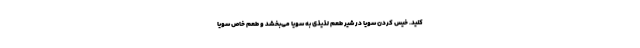
کنید. خیس کردن سویا در شیر طعم لذیذی به سویا می‌بخشد و طعم خاص سویا